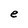
Character: e